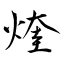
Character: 煃